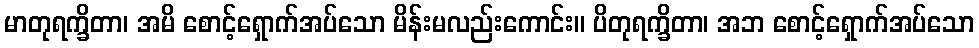
မာတုရက္ခိတာ၊ အမိ စောင့်ရှောက်အပ်သော မိန်းမလည်းကောင်း။ ပိတုရက္ခိတာ၊ အဘ စောင့်ရှောက်အပ်သော